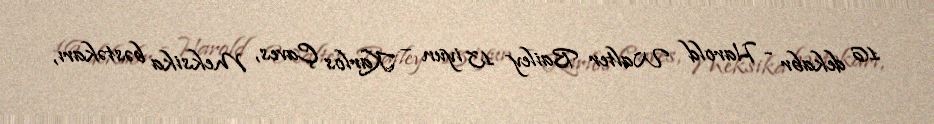
16 dekabr - Harold Walter Bailey 13 iyun – Karlos Çaves, Meksika bəstəkarı,